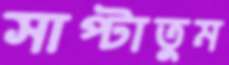
সাপ্‌টাতুম